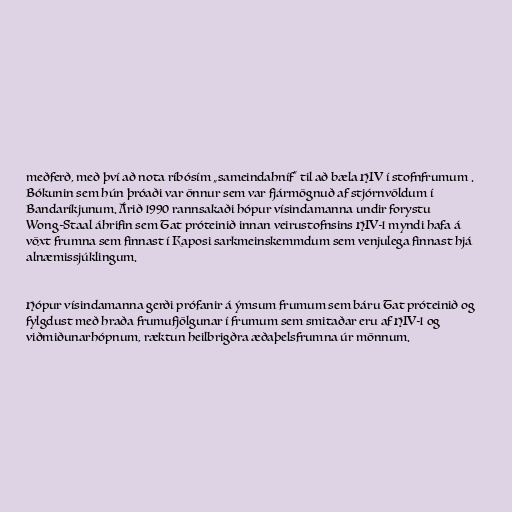
meðferð, með því að nota ríbósím „sameindahníf“ til að bæla HIV í stofnfrumum .
Bókunin sem hún þróaði var önnur sem var fjármögnuð af stjórnvöldum í
Bandaríkjunum. Árið 1990 rannsakaði hópur vísindamanna undir forystu
Wong-Staal áhrifin sem Tat próteinið innan veirustofnsins HIV-1 myndi hafa á
vöxt frumna sem finnast í Kaposi sarkmeinskemmdum sem venjulega finnast hjá
alnæmissjúklingum.

Hópur vísindamanna gerði prófanir á ýmsum frumum sem báru Tat próteinið og
fylgdust með hraða frumufjölgunar í frumum sem smitaðar eru af HIV-1 og
viðmiðunarhópnum, ræktun heilbrigðra æðaþelsfrumna úr mönnum.